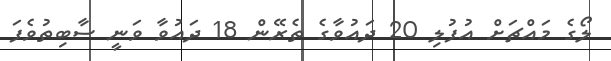
ލޯގެ މައްޗަށް އުފުލި 20 ދައުވާގެ ތެރޭން 18 ދައުވާ ވަނީ ސާބިތުވެފަ